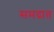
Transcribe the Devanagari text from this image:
समद्रात